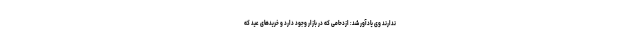
ندارند وی یادآور شد: ازدحامی که در بازار وجود دارد و خریدهای عید که